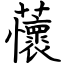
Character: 蘹